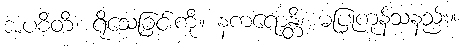
အပစိတိံ၊ ရိုသေခြင်းကို။ နကရောန္တိ၊ မပြုကုန်သနည်း။